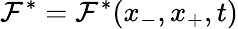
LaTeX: \mathcal{F}^{*}=\mathcal{F}^{*}(x_{-},x_{+},t)